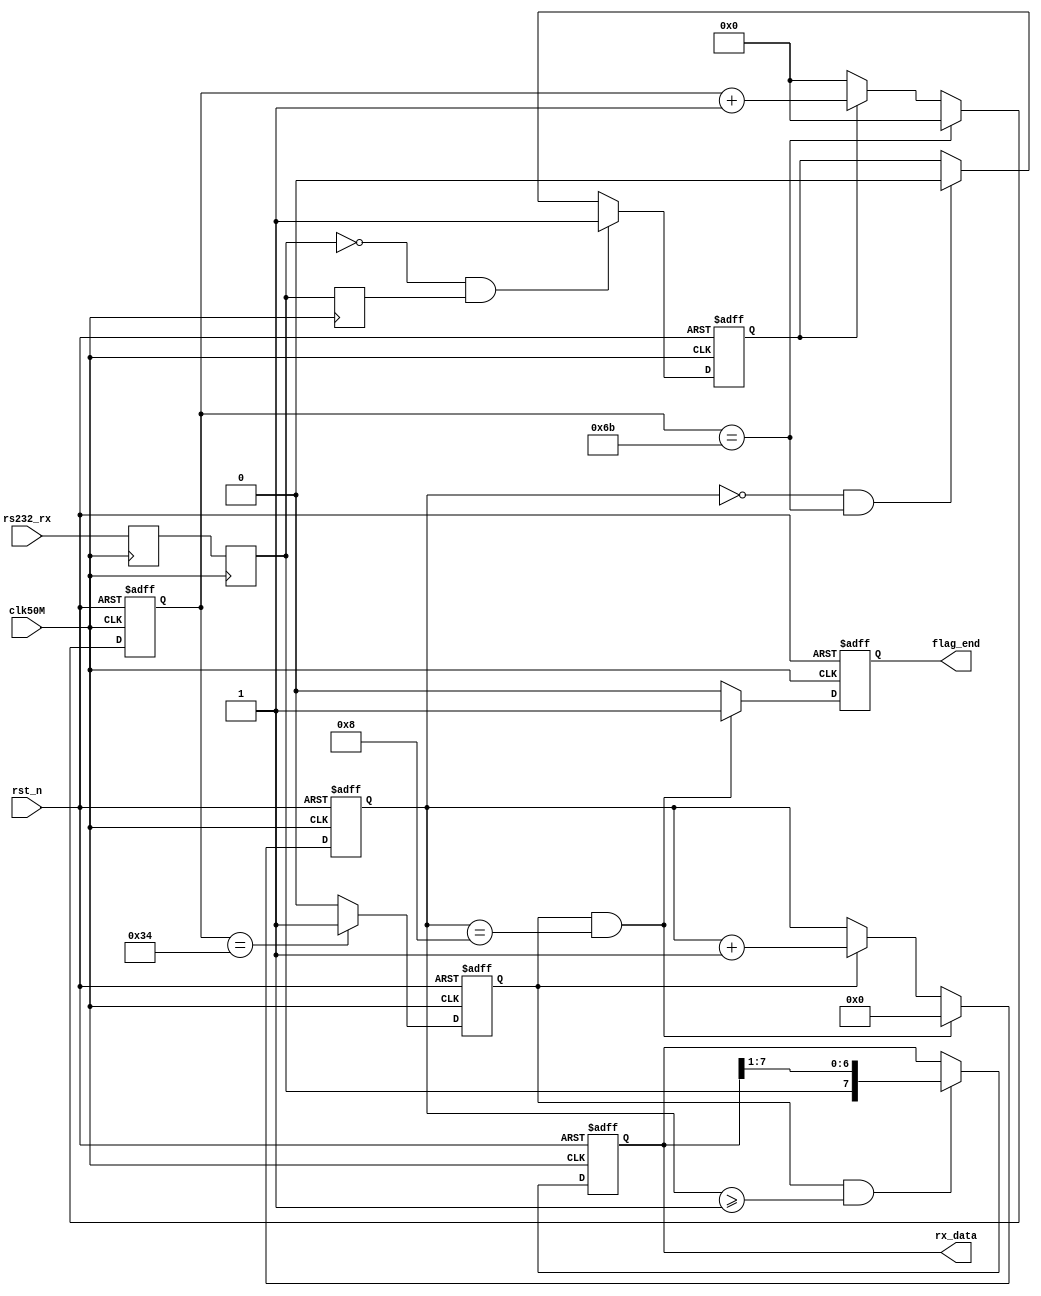
//`define SIM
`timescale 1ns / 1ps
module uart_rx(
	//system signal 
	input clk50M,
	input rst_n,
	//uart_interface
	input rs232_rx,
	//others
	output reg [ 7: 0]  rx_data,        //
	output reg          flag_end        //
);
//===============================================================parameter
`ifndef SIM
//localparam BAUD_END = 20833 - 1;		//clk200M bps 9600
//localparam BAUD_END = 5208 - 1;		//clk50M bps 9600
//localparam BAUD_END = 434 - 1;		//clk50M bps 115200
localparam BAUD_END = 108 - 1;			//clk50M bps 460800
`else
localparam BAUD_END = 56;
`endif
localparam BAUD_M   = BAUD_END/2 - 1;
localparam BIT_END  = 8;
reg         rx_r1;
reg         rx_r2;
reg         rx_r3;
reg         rx_flag;
reg [15:0]  baud_cnt;
reg         bit_flag;
reg [ 3:0]  bit_cnt;

wire        rx_neg;
//===============================================================rx_neg

assign rx_neg =(~rx_r2) & rx_r3;
always @(posedge clk50M) begin
    rx_r1 <= rs232_rx;
    rx_r2 <= rx_r1;
    rx_r3 <= rx_r2;
end
//===============================================================rx_flag
always @(posedge clk50M or negedge rst_n) begin
    if(~ rst_n)
        rx_flag <= 1'b0;
    else if(rx_neg)
        rx_flag <= 1'b1;
    else if(bit_cnt == 'd0 && baud_cnt == BAUD_END)
        rx_flag <= 1'b0;
    else
        rx_flag <= rx_flag;
end
//================================================================baud_cnt
always @(posedge clk50M or negedge rst_n) begin
    if(~rst_n)
        baud_cnt <= 'd0;
    else if(baud_cnt == BAUD_END)
        baud_cnt <= 'd0;
    else if(rx_flag)
        baud_cnt <= baud_cnt + 'd1;
    else 
        baud_cnt <= 'd0;
end
//================================================================bit_flag
always @(posedge clk50M or negedge rst_n) begin
    if(~rst_n)
        bit_flag <= 1'b0;
    else if(baud_cnt == BAUD_M)
        bit_flag <= 1'b1;
    else 
        bit_flag <= 1'b0;
end
//================================================================bit_cnt
always @(posedge clk50M or negedge rst_n) begin
    if(~rst_n)
        bit_cnt <= 'd0;
    else if(bit_flag == 1 && bit_cnt == BIT_END)
        bit_cnt <= 'd0;
    else if(bit_flag == 1)
        bit_cnt <= bit_cnt + 'd1;
    else 
        bit_cnt <= bit_cnt;
end
//================================================================rx_data
always @(posedge clk50M or negedge rst_n) begin
    if(~rst_n)
        rx_data <= 'd0;
    else if(bit_flag == 1'b1 && bit_cnt >= 1)
        rx_data <= {rx_r2, rx_data[7:1]};
    else
        rx_data <= rx_data;
end
//================================================================flag_end
always @(posedge clk50M or negedge rst_n) begin
    if(~rst_n)
        flag_end <= 1'b0;
    else if(bit_cnt == BIT_END && bit_flag == 1'b1)
        flag_end <= 1'b1;
    else 
        flag_end <= 1'b0;
end
endmodule